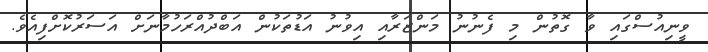
ވީނިއުސްގައި ވާ ގޮތުން މި ފެނުނު މަންޒަރާއި އިވުނު އަޑުތަކުން އަބްދުއްރަހުމާނަށް އަސަރުކޮށްފިއެވެ.